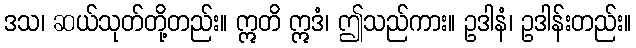
ဒသ၊ ဆယ်သုတ်တို့တည်း။ ဣတိ ဣဒံ၊ ဤသည်ကား။ ဥဒါနံ၊ ဥဒါန်းတည်း။